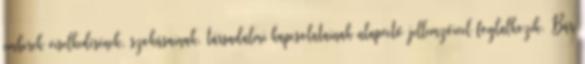
emberek viselkedésének, szokásainak, társadalmi kapcsolatainak alapvető jellemzőivel foglalkozik. Bár